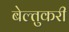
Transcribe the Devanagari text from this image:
बेल्तुकरी